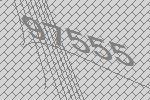
97555